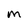
Character: M